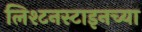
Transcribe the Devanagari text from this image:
लिश्टनस्टाइनच्या